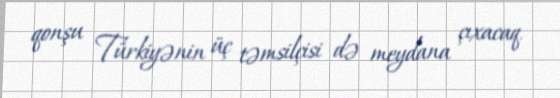
qonşu Türkiyənin üç təmsilçisi də meydana çıxacaq.